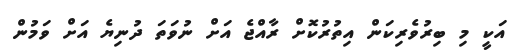
އަކީ މި ބިރުވެރިކަން އިތުރުކޮށް ރާއްޖެ އަށް ނުވަތަ ދުނިޔެ އަށް ވަމުން